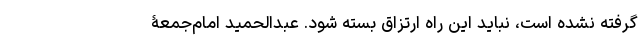
گرفته نشده است، نباید این راه ارتزاق بسته شود. عبدالحمید امام‌جمعۀ